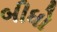
બીધો